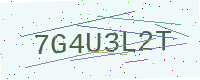
Text: 7G4U3L2T